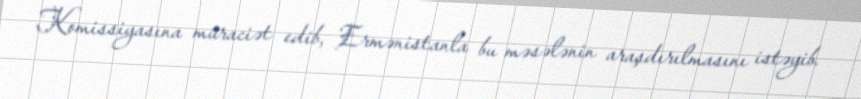
Komissiyasına müraciət edib, Ermənistanla bu məsələnin araşdırılmasını istəyib.